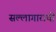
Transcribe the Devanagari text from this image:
सल्लागाराची